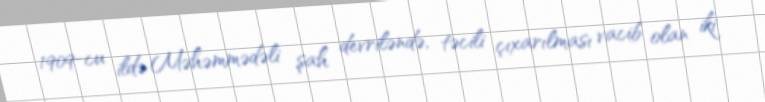
1909-cu ildə Məhəmmədəli şah devriləndə, təcili çıxarılması vacib olan iki